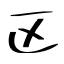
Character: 区